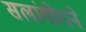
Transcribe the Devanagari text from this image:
सलांगोराने